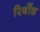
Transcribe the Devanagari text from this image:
रिबोंड